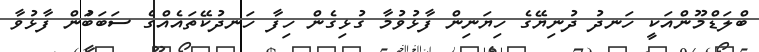
ބްލަޑްމޫންއަކީ ހަނދު ދުނިޔޭގެ ހިޔަނިން ފާޅުވުމާ ގުޅިގެން ހިފާ ހަނދުކޭތައެއްގެ ސަބަބަުން ފާޅުވާ